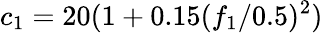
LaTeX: c_{1}=20(1+0.15({f_{1}}/{0.5})^{2})